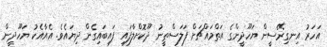
އަހަރު އިނގިރޭސީން ޔަހޫދީންގެ އަތްމައްޗަށް ފަލަސްތީނު ދޫކޮށްލާފައި ފައިބައިގެން ދިޔައެވެ. އެއާއެކު ޔަހޫދީން